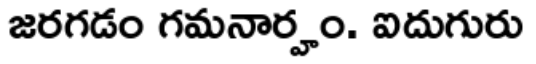
జరగడం గమనార్హం. ఐదుగురు